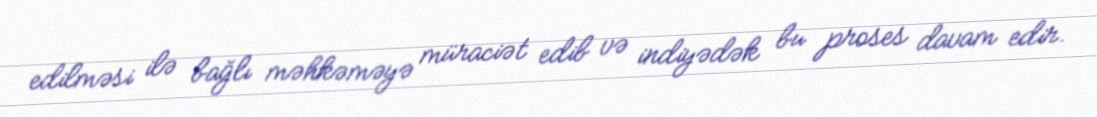
edilməsi ilə bağlı məhkəməyə müraciət edib və indiyədək bu proses davam edir.